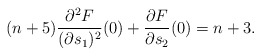
\begin{align*}(n+5)\frac{\partial^2 F}{(\partial s_1)^2}(0)+\frac{\partial F}{\partial s_2}(0)=n+3.\end{align*}